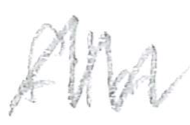
Text: album
Cross-out: zig-zag
Writing tool: pencil